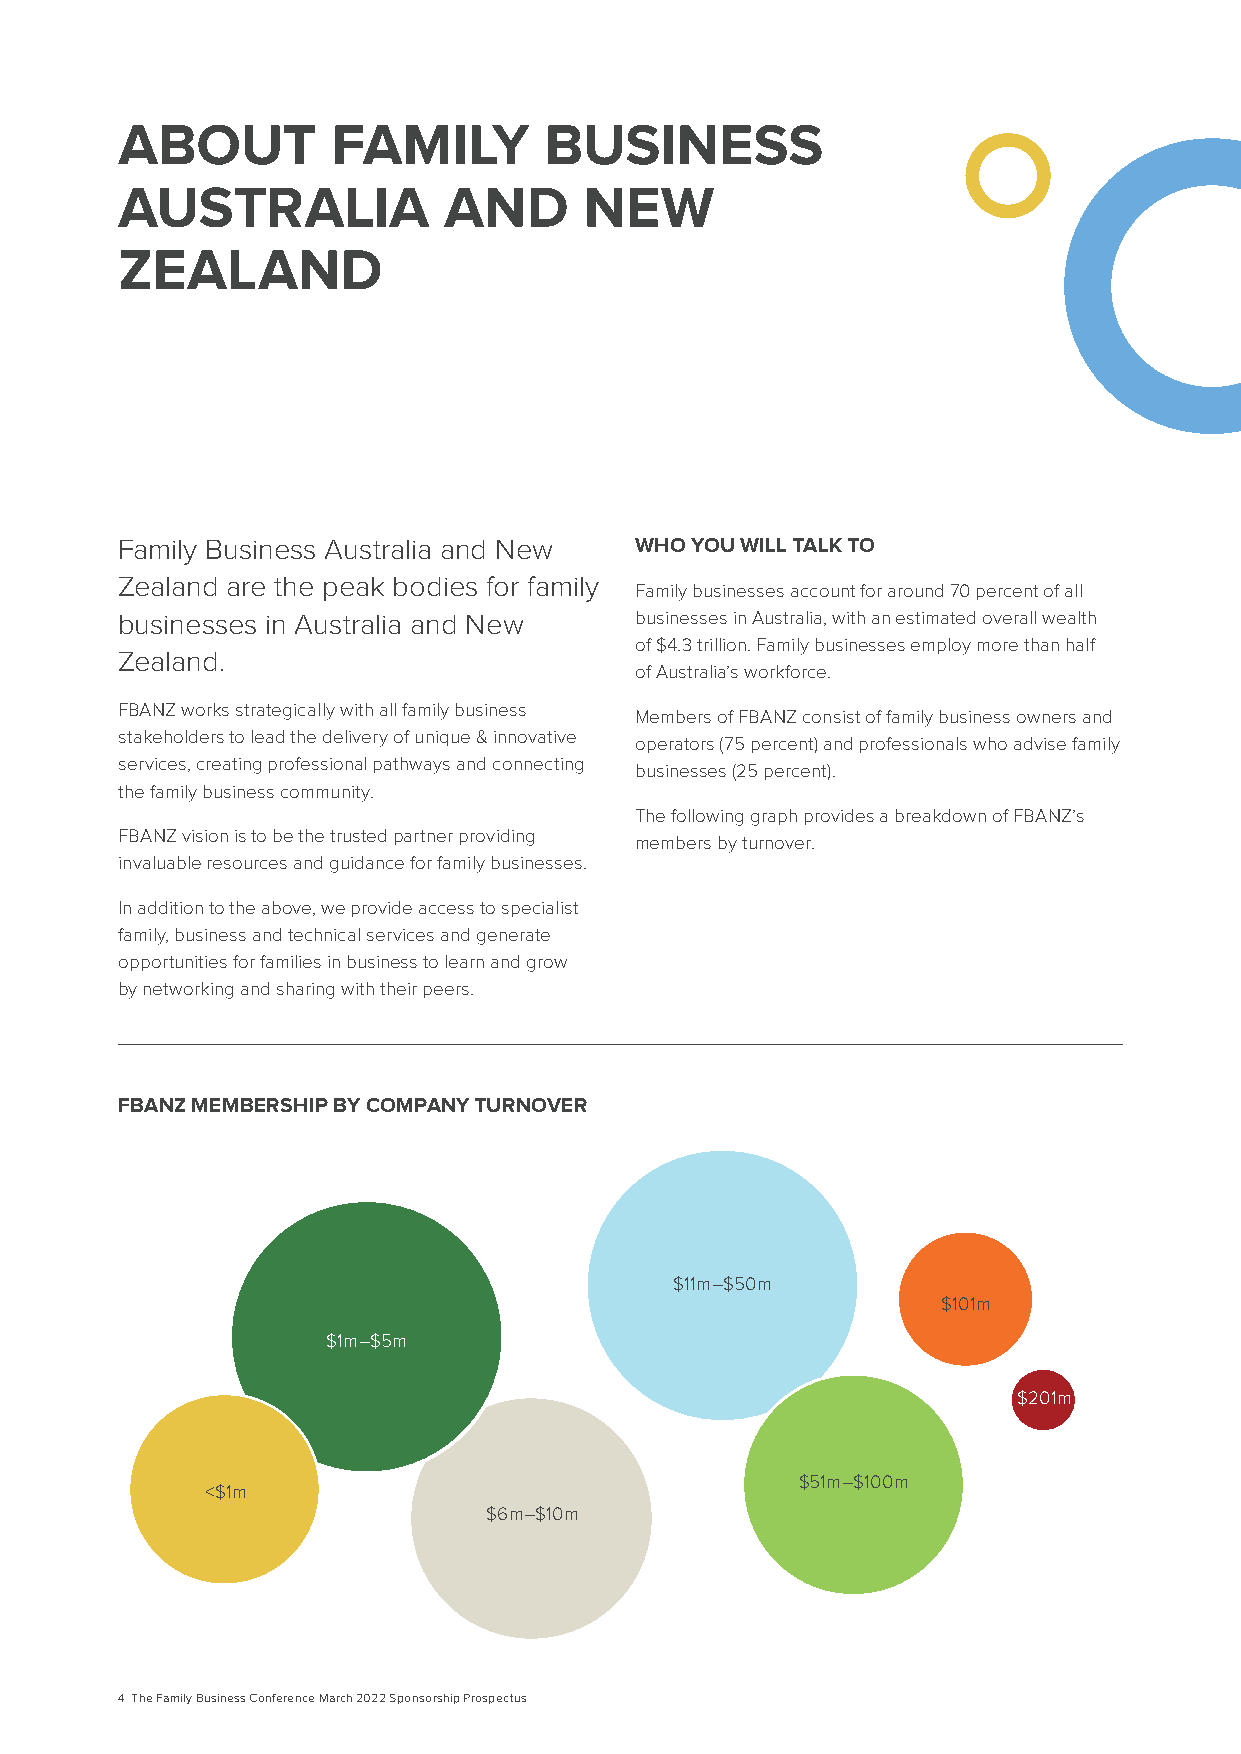
ABOUT         FAMILY        BUSINESS
 AUSTRALIA            AND       NEW
 ZEALAND
 Family Business Australia and New WHO YOU WILL TALK TO
 Zealand are the peak bodies for family
 Family businesses account for around 70 percent of all
 businesses in Australia and New   businesses in Australia, with an estimated overall wealth
 of $4.3 trillion. Family businesses employ more than half
 Zealand.
 of Australia’s workforce.
 FBANZ works strategically with all family business
 Members of FBANZ consist of family business owners and
 stakeholders to lead the delivery of unique & innovative
 operators (75 percent) and professionals who advise family
 services, creating professional pathways and connecting
 businesses (25 percent).
 the family business community.
 The following graph provides a breakdown of FBANZ’s
 FBANZ vision is to be the trusted partner providing
 members by turnover.
 invaluable resources and guidance for family businesses.
 In addition to the above, we provide access to specialist
 family, business and technical services and generate
 opportunities for families in business to learn and grow
 by networking and sharing with their peers.
 FBANZ MEMBERSHIP BY COMPANY TURNOVER
 $11m–$50m
 $101m
 $1m–$5m
 $201m
 $51m–$100m
 <$1m
 $6m–$10m
 4 The Family Business Conference March 2022 Sponsorship Prospectus